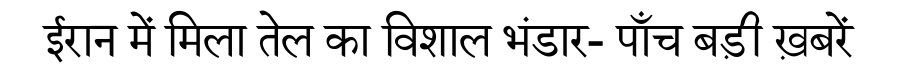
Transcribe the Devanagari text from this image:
ईरान में मिला तेल का विशाल भंडार- पाँच बड़ी ख़बरें